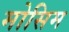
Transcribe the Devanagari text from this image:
मोसिम